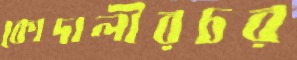
কোদালীরচর